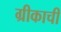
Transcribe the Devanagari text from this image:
ग्रीकाची